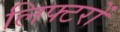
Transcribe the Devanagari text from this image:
लिफ्टरों